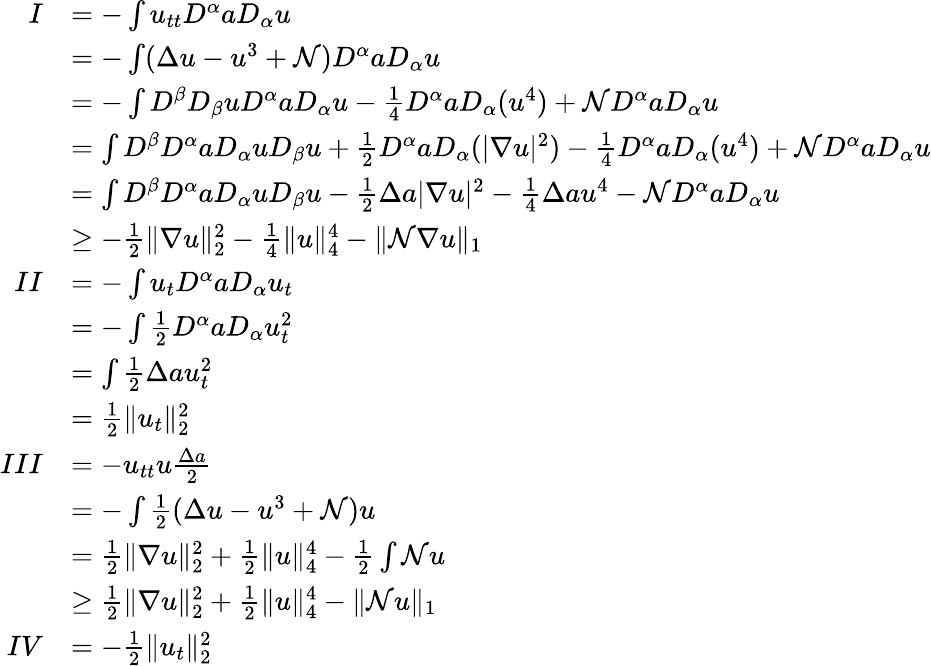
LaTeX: \begin{array}{rl}{I}&{=-\int u_{tt}D^{\alpha}aD_{\alpha}u}\\ &{=-\int(\Delta u-u^{3}+\mathcal{N})D^{\alpha}aD_{\alpha}u}\\ &{=-\int D^{\beta}D_{\beta}uD^{\alpha}aD_{\alpha}u-\frac{1}{4}D^{\alpha}aD_{\alpha}(u^{4})+\mathcal{N}D^{\alpha}aD_{\alpha}u}\\ &{=\int D^{\beta}D^{\alpha}aD_{\alpha}uD_{\beta}u+\frac{1}{2}D^{\alpha}aD_{\alpha}(|\nabla u|^{2})-\frac{1}{4}D^{\alpha}aD_{\alpha}(u^{4})+\mathcal{N}D^{\alpha}aD_{\alpha}u}\\ &{=\int D^{\beta}D^{\alpha}aD_{\alpha}uD_{\beta}u-\frac{1}{2}\Delta a|\nabla u|^{2}-\frac{1}{4}\Delta au^{4}-\mathcal{N}D^{\alpha}aD_{\alpha}u}\\ &{\geq-\frac{1}{2}\| \nabla u\| _{2}^{2}-\frac{1}{4}\| u\| _{4}^{4}-\| \mathcal{N}\nabla u\| _{1}}\\ {II}&{=-\int u_{t}D^{\alpha}aD_{\alpha}u_{t}}\\ &{=-\int\frac{1}{2}D^{\alpha}aD_{\alpha}u_{t}^{2}}\\ &{=\int\frac{1}{2}\Delta au_{t}^{2}}\\ &{=\frac{1}{2}\| u_{t}\| _{2}^{2}}\\ {III}&{=-u_{tt}u\frac{\Delta a}{2}}\\ &{=-\int\frac{1}{2}(\Delta u-u^{3}+\mathcal{N})u}\\ &{=\frac{1}{2}\| \nabla u\| _{2}^{2}+\frac{1}{2}\| u\| _{4}^{4}-\frac{1}{2}\int\mathcal{N}u}\\ &{\geq\frac{1}{2}\| \nabla u\| _{2}^{2}+\frac{1}{2}\| u\| _{4}^{4}-\| \mathcal{N}u\| _{1}}\\ {IV}&{=-\frac{1}{2}\| u_{t}\| _{2}^{2}}\end{array}